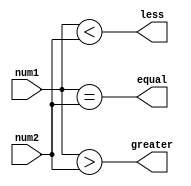
module unsigned_mag_comparator (
    input [3:0] num1,
    input [3:0] num2,
    output greater,
    output less,
    output equal
);

assign greater = (num1 > num2);
assign less = (num1 < num2);
assign equal = (num1 == num2);

endmodule